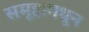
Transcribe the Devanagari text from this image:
समूहामधून